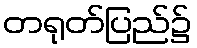
တရုတ်ပြည်၌